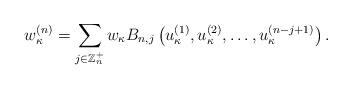
LaTeX: \begin{align*}w_\kappa^{(n)}=\sum_{j\in\mathbb{Z}_n^+}w_\kappa B_{n,j}\left(u_\kappa^{(1)}, u_\kappa^{(2)},\ldots, u_\kappa^{(n-j+1)} \right).\end{align*}